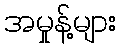
အမှုန့်များ